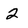
Character: 2